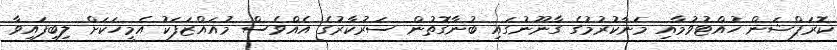
ކޮރަޕްޝަން ހުއްޓުވުމާއި މަނާކުރުމުގެ ގާނޫނުގައި ބުނާގޮތުން ސަރުކާރުގެ އެއްވެސް މުއައްޒަފަކު އެމީހަކަށް ލިބިފައިވާ